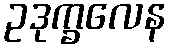
ဥဒုက္ခလေန